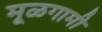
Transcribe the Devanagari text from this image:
मूळगामी